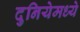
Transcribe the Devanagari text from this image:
दुनियेमध्ये